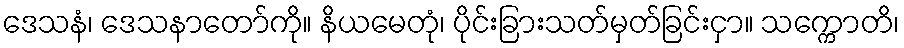
ဒေသနံ၊ ဒေသနာတော်ကို။ နိယမေတုံ၊ ပိုင်းခြားသတ်မှတ်ခြင်းငှာ။ သက္ကောတိ၊